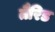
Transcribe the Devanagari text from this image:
तैरिड